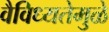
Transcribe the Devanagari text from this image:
वैविध्यतेमुळे